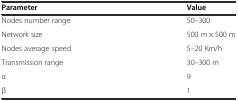
| Parameter | Value |
 | --- | --- |
 | Nodes number range | 50–300 |
 | Network size | 500 m × 500 m |
 | Nodes average speed | 5–20 Km/h |
 | Transmission range | 30–300 m |
 | α | 9 |
 | β | 1 |